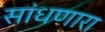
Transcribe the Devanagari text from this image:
सांधणारा